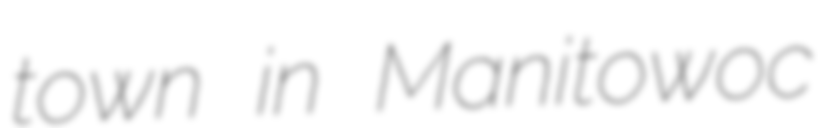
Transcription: town in Manitowoc